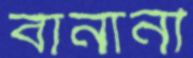
বানানী